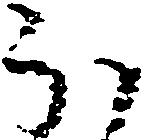
ほ